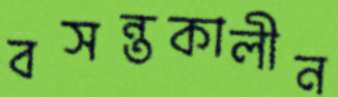
বসন্তকালীন